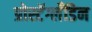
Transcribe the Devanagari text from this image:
प्रोस्टॅग्लँडिन